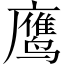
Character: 鹰